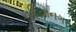
કાફિયાનગર